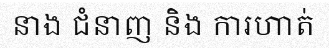
នាង ជំនាញ និង ការហាត់